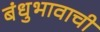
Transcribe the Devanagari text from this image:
बंधुभावाची